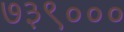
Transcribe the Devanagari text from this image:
७३९०००